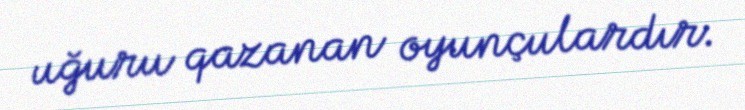
uğuru qazanan oyunçulardır.